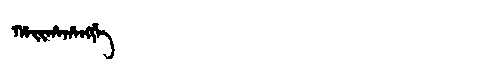
Manchu: ᡥᠠᡳᡥᠠᡥᠠᠩᡤᡝ
Romanization: HAIHAHANGGE